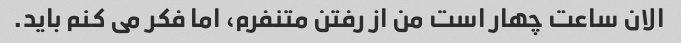
الان ساعت چهار است من از رفتن متنفرم، اما فکر می کنم باید.